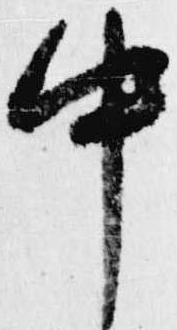
中